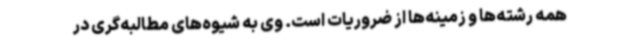
همه رشته‌ها و زمینه‌ها از ضروریات است. وی به شیوه‌های مطالبه‌گری در